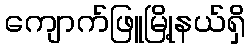
ကျောက်ဖြူမြို့နယ်ရှိ